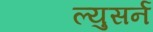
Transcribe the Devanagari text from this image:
ल्युसर्न